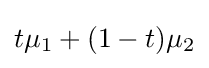
t\mu _{1}+(1-t)\mu _{2}